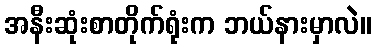
အနီးဆုံးစာတိုက်ရုံးက ဘယ်နားမှာလဲ။